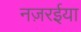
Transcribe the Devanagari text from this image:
नज़रईया